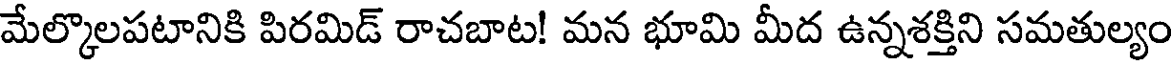
మేల్కొలపటానికి పిరమిడ్ రాచబాట! మన భూమి మీద ఉన్నశక్తిని సమతుల్యం